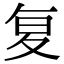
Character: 复